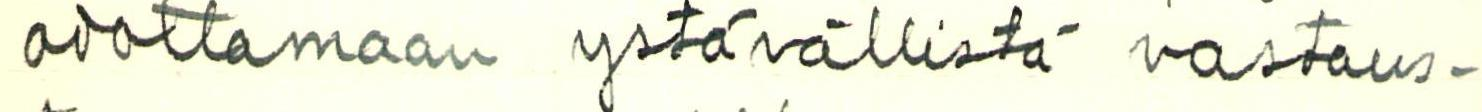
odottamaan ystävällistä vastaus-